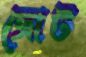
জোট